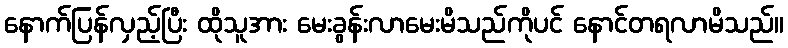
နောက်ပြန်လှည့်ပြီး ထိုသူအား မေးခွန်းလာမေးမိသည်ကိုပင် နောင်တရလာမိသည်။